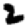
Digit: 2